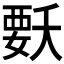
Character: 𭒍